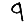
Digit: 9